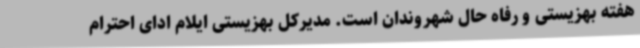
هفته بهزیستی و رفاه حال شهروندان است. مدیرکل بهزیستی ایلام ادای احترام